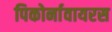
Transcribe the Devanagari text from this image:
पिकोर्नावायरस